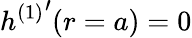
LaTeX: h{^{(1)}}^{\prime}(r=a)=0